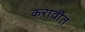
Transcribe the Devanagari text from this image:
करावींत